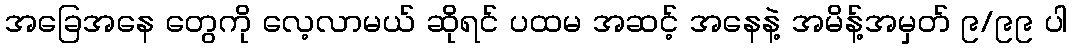
အခြေအနေ တွေကို လေ့လာမယ် ဆိုရင် ပထမ အဆင့် အနေနဲ့ အမိန့်အမှတ် ၉/၉၉ ပါ